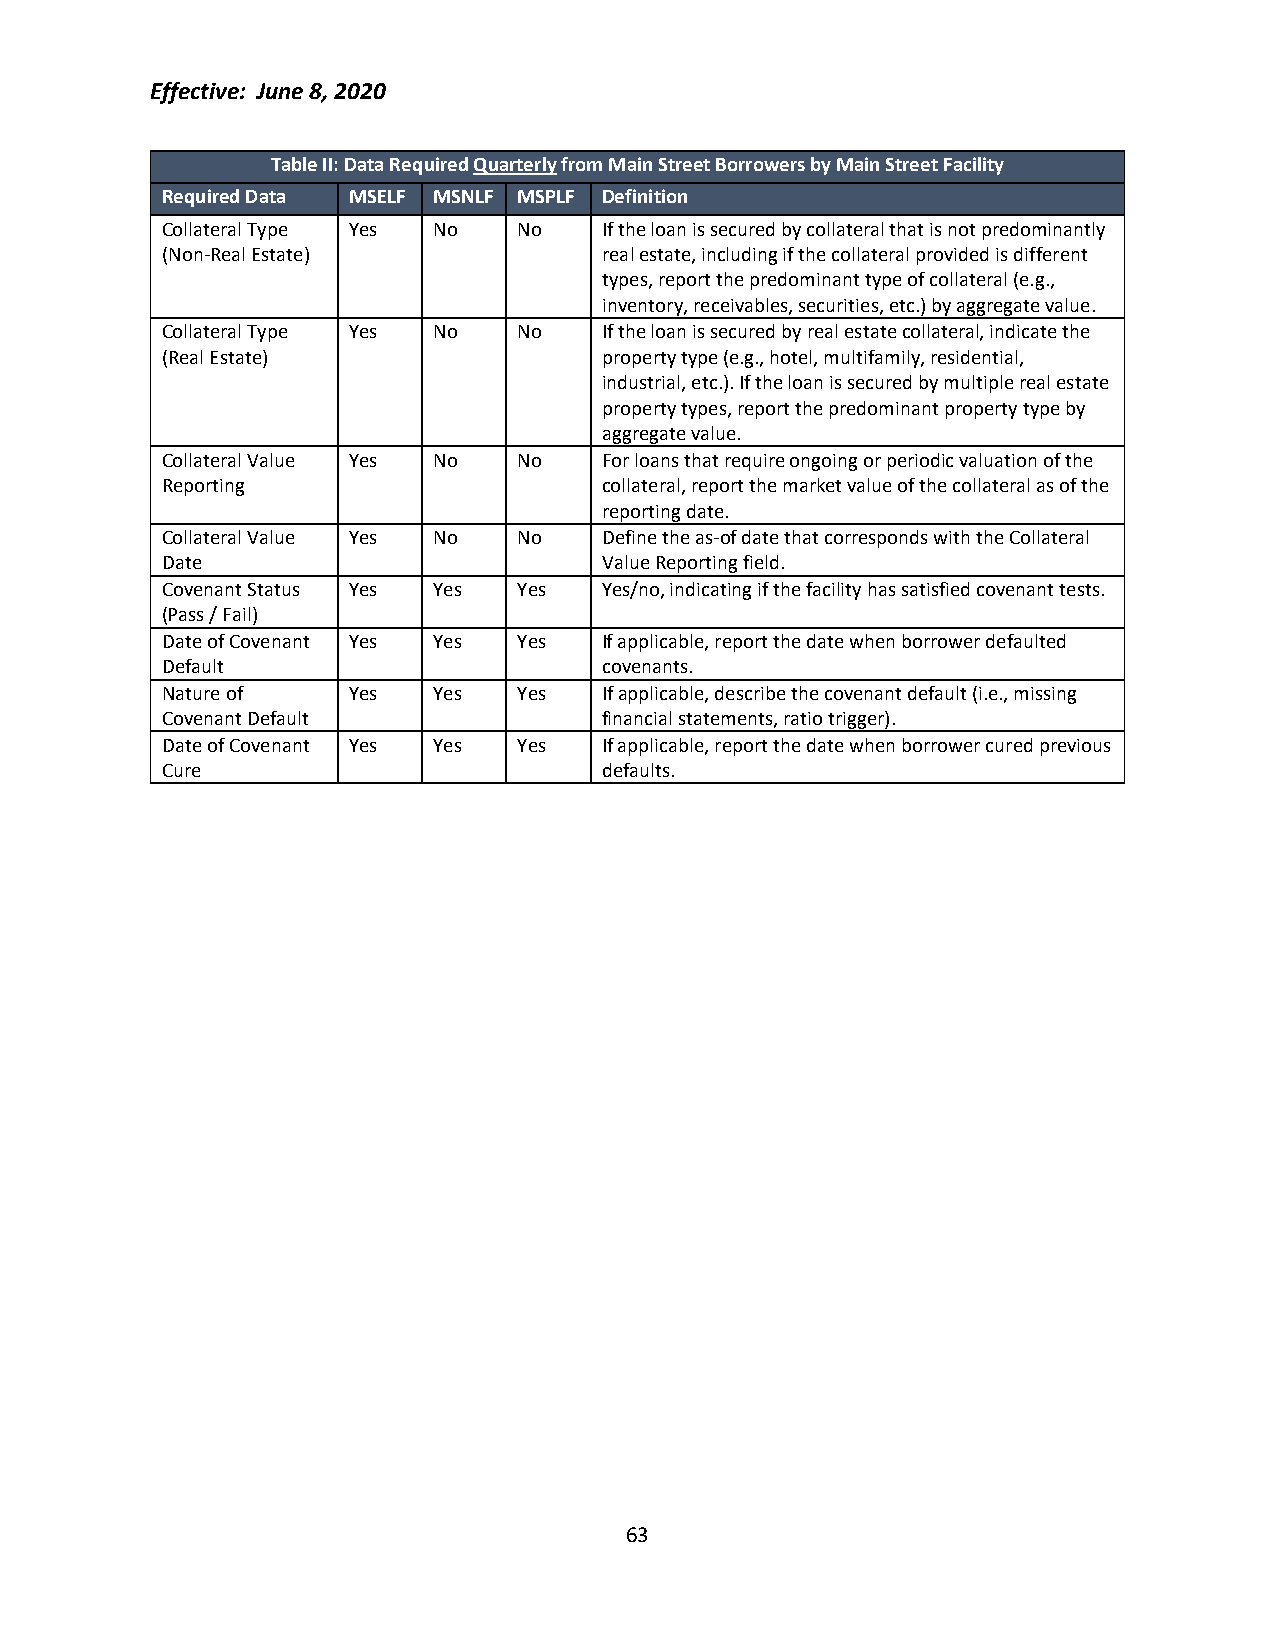
Effective: June 8, 2020
 Table II: Data Required Quarterly from Main Street Borrowers by Main Street Facility
 Required Data MSELF MSNLF MSPLF Definition
 Collateral Type Yes No No    If the loan is secured by collateral that is not predominantly
 (Non-Real Estate)            real estate, including if the collateral provided is different
 types, report the predominant type of collateral (e.g.,
 inventory, receivables, securities, etc.) by aggregate value.
 Collateral Type Yes No No    If the loan is secured by real estate collateral, indicate the
 (Real Estate)                property type (e.g., hotel, multifamily, residential,
 industrial, etc.). If the loan is secured by multiple real estate
 property types, report the predominant property type by
 aggregate value.
 Collateral Value Yes No No   For loans that require ongoing or periodic valuation of the
 Reporting                    collateral, report the market value of the collateral as of the
 reporting date.
 Collateral Value Yes No No   Define the as-of date that corresponds with the Collateral
 Date                         Value Reporting field.
 Covenant Status Yes Yes Yes  Yes/no, indicating if the facility has satisfied covenant tests.
 (Pass / Fail)
 Date of Covenant Yes Yes Yes If applicable, report the date when borrower defaulted
 Default                      covenants.
 Nature of   Yes   Yes  Yes   If applicable, describe the covenant default (i.e., missing
 Covenant Default             financial statements, ratio trigger).
 Date of Covenant Yes Yes Yes If applicable, report the date when borrower cured previous
 Cure                         defaults.
 63